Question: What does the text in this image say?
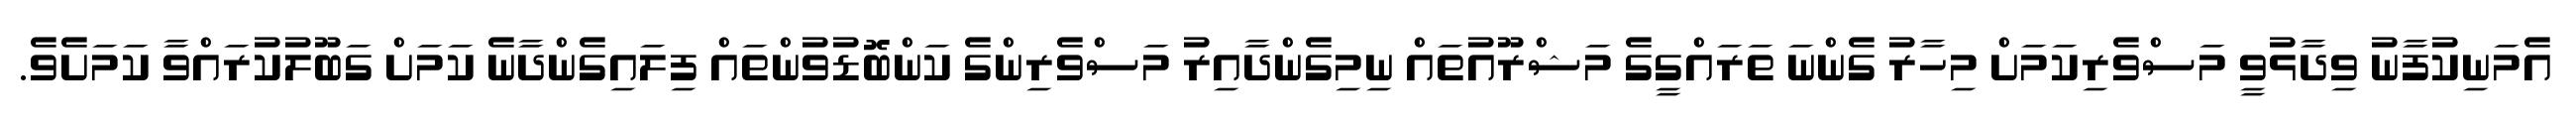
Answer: އެމަނިކުފާނު ވިދާޅުވީ މަސްވެރިކަމަށް މިހާރު ގެންނަ ތަރައްގީގެ މަޝްރޫއުތައް ނިމިގެންދާއިރު މަސްވެރިންގެ ކަންބޮޑުވުންތައް ފިލައިގެންދާނެ ކަމަށް ގަބޫލުކުރައްވާ ކަމަށެވެ.